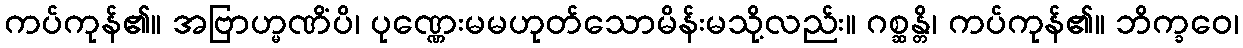
ကပ်ကုန်၏။ အဗြာဟ္မဏိံပိ၊ ပုဏ္ဏေးမမဟုတ်သောမိန်းမသို့လည်း။ ဂစ္ဆန္တိ၊ ကပ်ကုန်၏။ ဘိက္ခဝေ၊